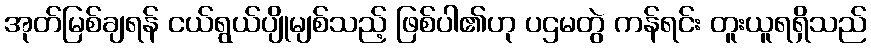
အုတ်မြစ်ချရန် ငယ်ရွယ်ပျိုမျစ်သည့် ဖြစ်ပါ၏ဟု ပဌမတွဲ ကန်ရင်း တူးယူရရှိသည်